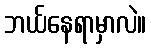
ဘယ်နေရာမှာလဲ။